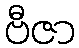
ဗီဇာ